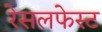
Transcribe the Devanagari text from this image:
रेसलफेस्ट